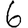
Digit: 6